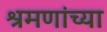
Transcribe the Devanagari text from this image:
श्रमणांच्या